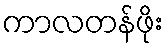
ကာလတန်ဖိုး